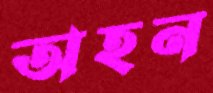
অহন